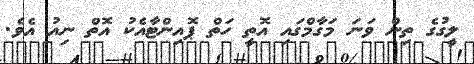
ލީގުގެ ތިން ވަނަ މަގާމްގައި އޮތީ ހަތް ޕޮއިންޓާއެކު އޮތް ނިއު އެވެ.